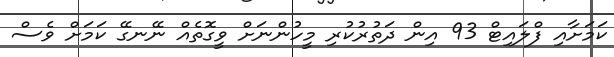
ކަމަށާއި ފްލައިޓް 93 އިން ދަތުރުކުރި މީހުންނަށް ވީގޮތެއް ނޭނގޭ ކަމަށް ވެސް